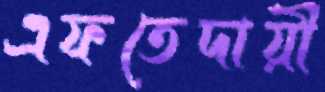
এফতেদায়ী